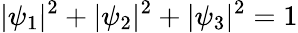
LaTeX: |\psi_{1}|^{2}+|\psi_{2}|^{2}+|\psi_{3}|^{2}=1